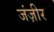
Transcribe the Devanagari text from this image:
जंज़ीर